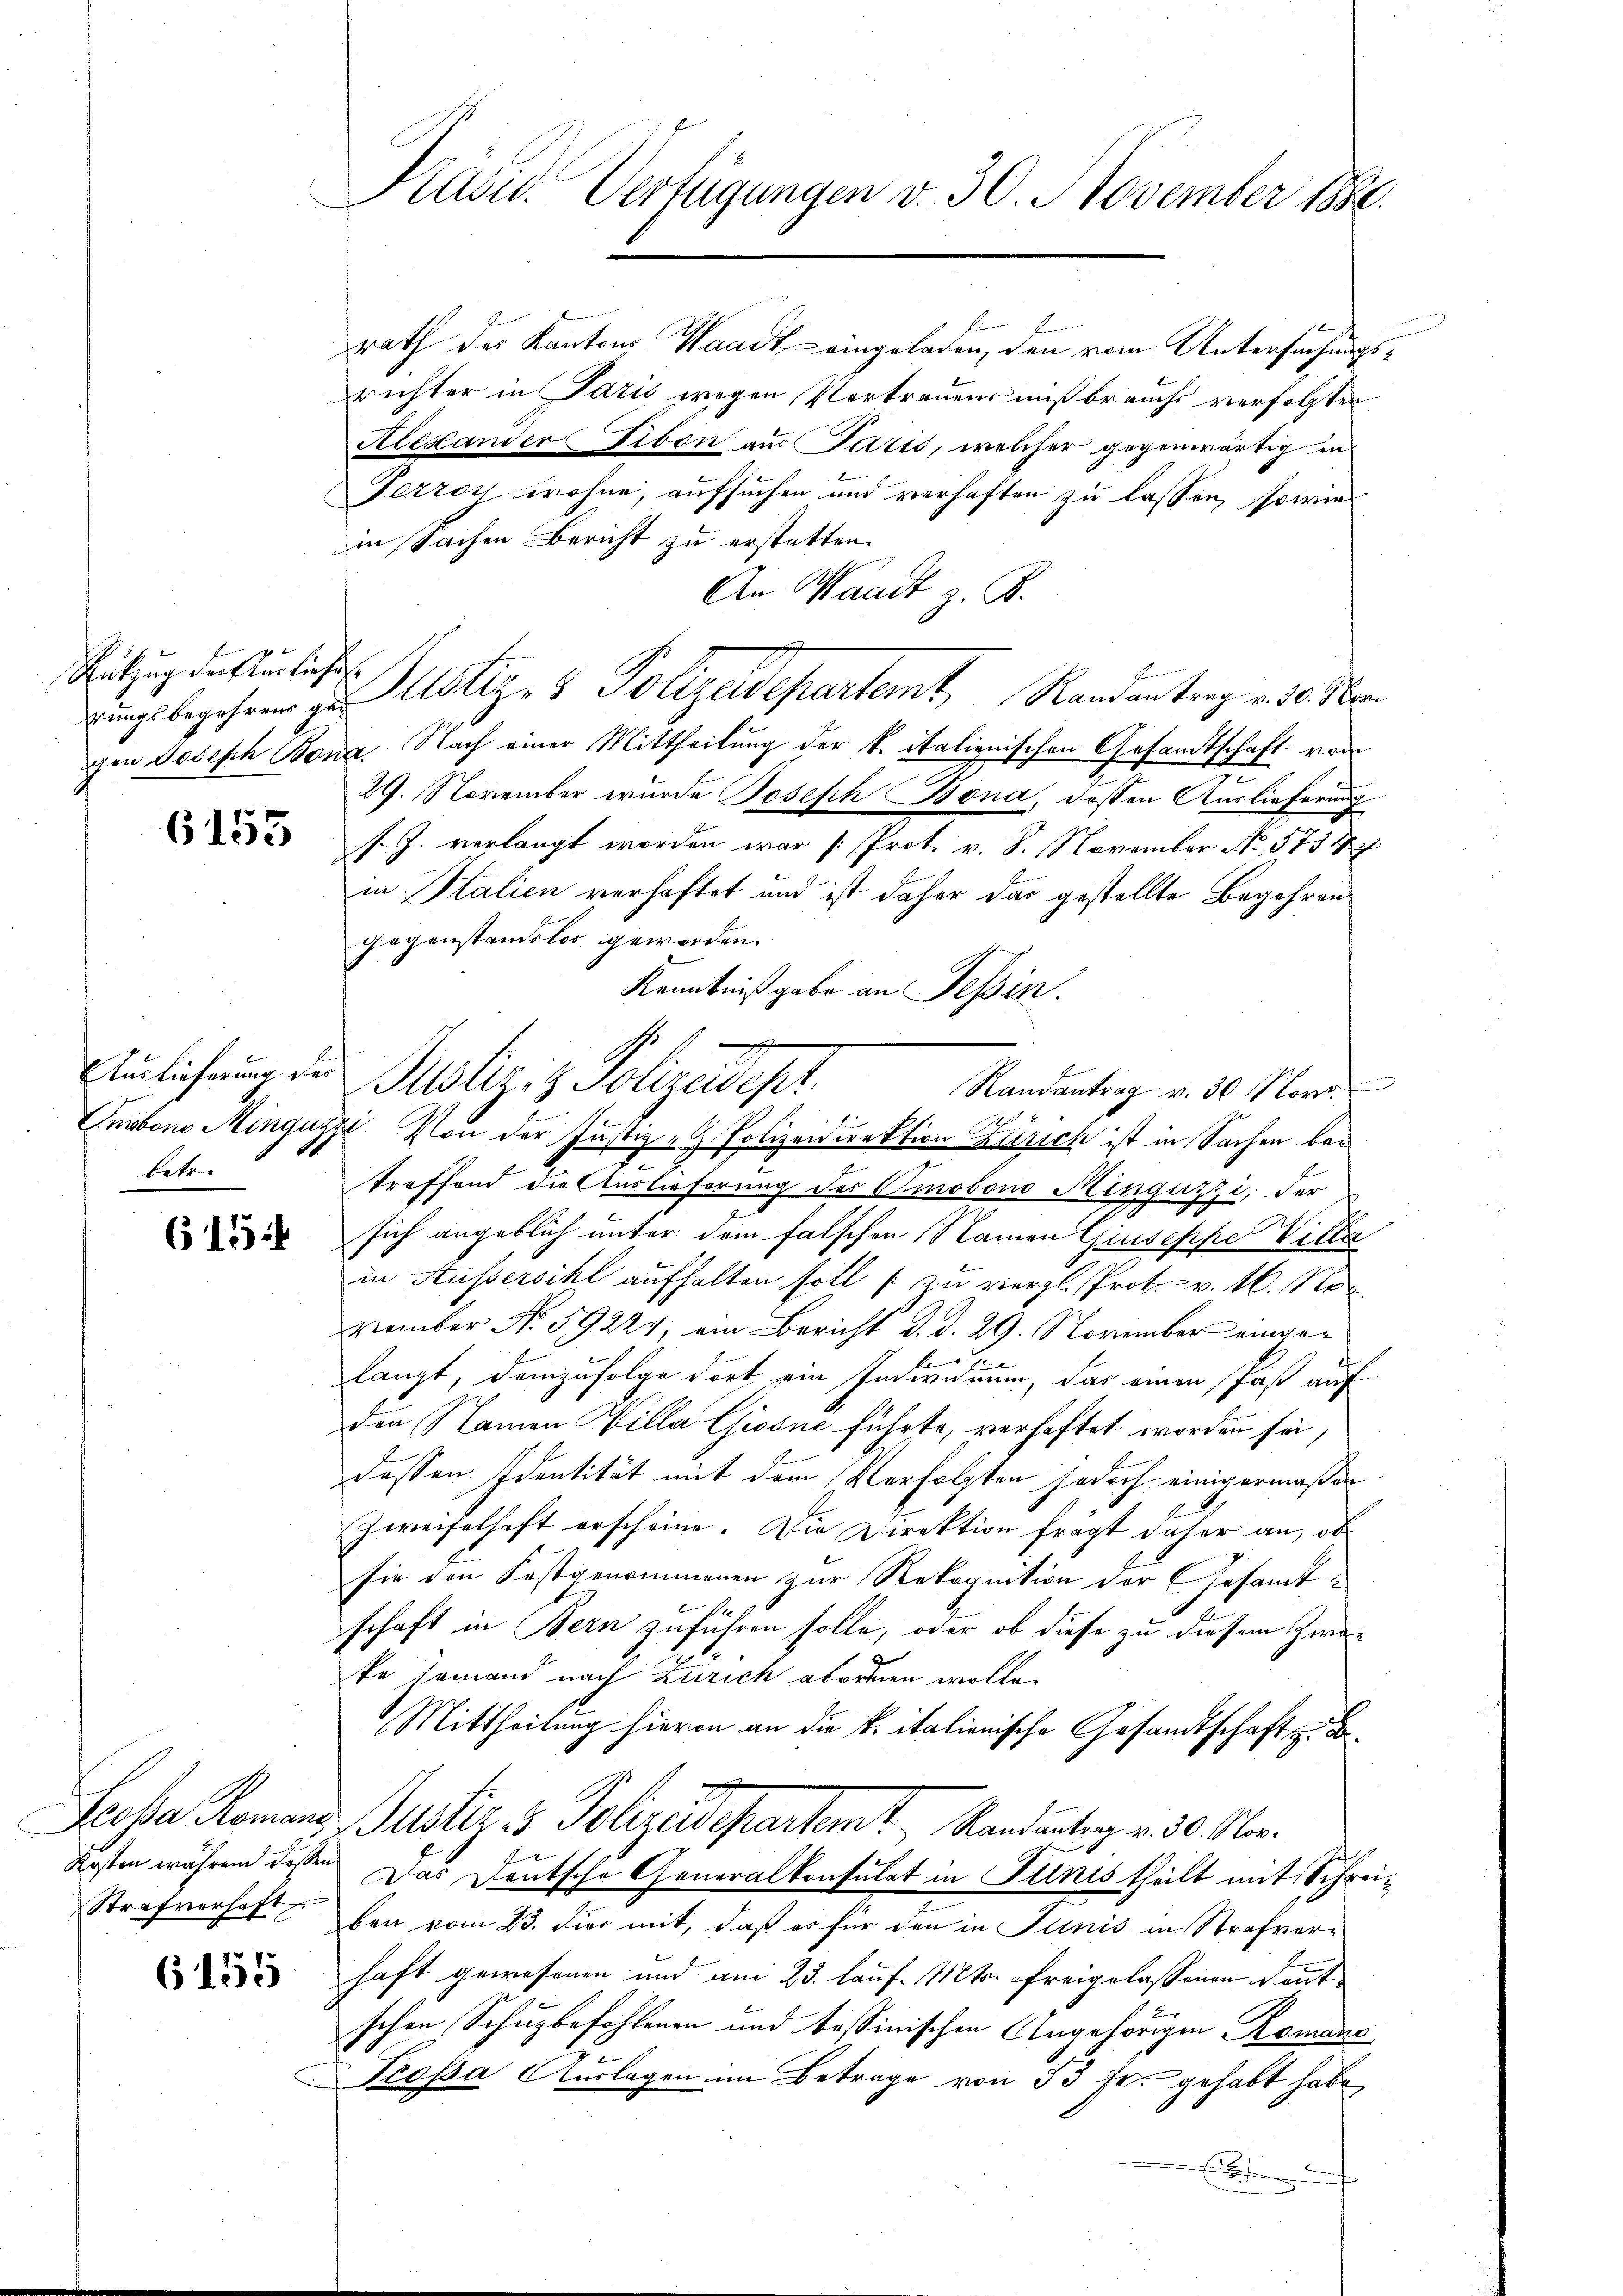
x
Rükzug dersterliefe

6155

betr.

615:

Kosten während deßen
Strafverhaft

6155

Kasu. Verfügungen v. 30. November 1880.

rath des Kantons Waadt eingeladen, den vom Untersuchungsrichter in Idzis wegen Vertrauens mißbrauchs verfolgter
Alexander Tison aus Paris, welcher gegenwärtig in
Fezroy wohne, aufsuchen und verhaften zu lassen, sowie
in Sachen Bericht zu erstatten.
An Waadt z. B.
rungsbegehen zu Utiz- & Polizeidepartemt, Randantrag v. 20 ten
gen Joseph Bona. Nach einer Mittheilung der k. italienischen Gesandtschaft vom
29. November wurde Joseph Bona, dessen Auslieferung
s. J. verlangt worden war (Prot. v. 8. November No. 5734
in Italien verhaftet und ist daher das gestellte Begehren.
gegenstandslos geworden.
Kenntniß gabe an Tessin.
Anlichung zu Justiz- & Polizeidept
Randantrag v. 30. Nov.

Emboni Minguzzi Von der Justiz- & Polizeidirektion Zusich ist in Sachen betreffend die Auslieferung des Omobono Minguzzi, der
sich angeblich unter dem Falschen Namen Giuseppe Villa
in Aussersihl aufhalten soll zu vergl. Prot. v. 16. No
zember No. 59224, ein Bericht d. d. 29. November eingelangt, demzufolge dort ein Individuum, das einen Paß auf
den Namen Villa Giosne führte, verhaftet worden sei,
dessen Identität mit dem Verfolgten jedoch einigermaßen
Zweifelhaft erscheine. Die Direktion frägt daher an, ob
sie den Kostgenommenen zur Rekognition der Gesamtschaft in Bern zuführen solle, oder ob diese zu diesem Zwei
ke jemand nach Zürich abordnen wolle.
Mittheilung hievon an die k. italionische Gesandtschaft z. B
Proha Romans Justiz & Polizeidepartemt Randantrag v. 30. No.
Das Deutsche Generalkonsulat in Tunis theilt mit Schreiben vom 23. Fier mit, daß es für den in Junis in Strafverhaft gewesenen und am 23. Lauf. Mts. Freigelassenen Kenntschen Schutzbefohlenen und bissinischen Angehörigen Romana
Prossa Auslagen im Betrage von 53 Fr. gehabt habe,
E